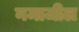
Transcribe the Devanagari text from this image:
नमाजील